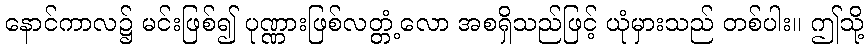
နောင်ကာလ၌ မင်းဖြစ်၍ ပုဏ္ဏားဖြစ်လတ္တံ့လော အစရှိသည်ဖြင့် ယုံမှားသည် တစ်ပါး။ ဤသို့